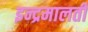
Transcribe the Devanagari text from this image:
इन्द्रमालती